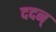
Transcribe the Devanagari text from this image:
ददन्